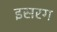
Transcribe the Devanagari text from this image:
इसरग